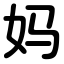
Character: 妈